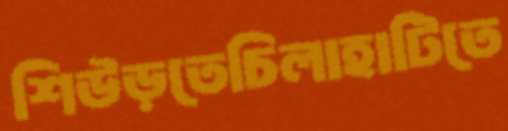
শিউড়তেচিলাহাটিতে